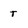
Character: t